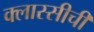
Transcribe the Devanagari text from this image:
क्लास्सीची